Senior Leaving Certificate Examination (including Day School Certificate (Higher) General paper), 1948
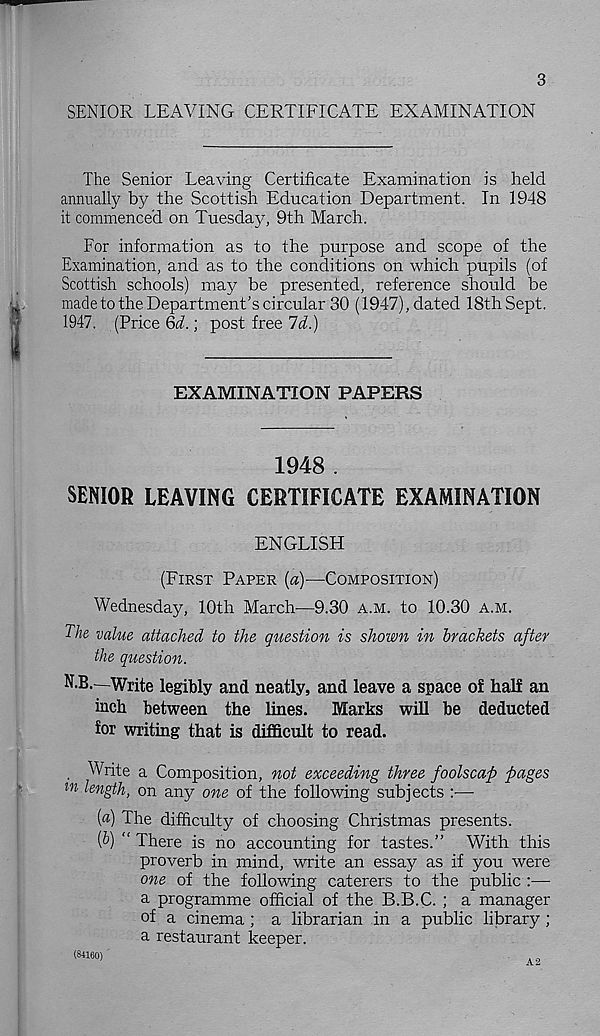
3
SENIOR LEAVING CERTIFICATE EXAMINATION
The Senior Leaving Certificate Examination is held
annually by the Scottish Education Department. In 1948
it commenced on Tuesday, 9th March.
For information as to the purpose and scope of the
Examination, and as to the conditions on which pupils (of
Scottish schools) may be presented, reference should be
made to the Department’s circular 30 (1947), dated 18th Sept.
1947. (Price 6<L ; post free 7i.)
EXAMINATION PAPERS
1948 .
SENIOR LEAVING CERTIFICATE EXAMINATION
ENGLISH
(FIRST PAPER (a)—COMPOSITION)
Wednesday, 10th March—9.30 A.M. to 10.30 A.M.
The value attached to the question is shown in brackets after
the question.
N-B.—Write legibly and neatly, and leave a space o£ half an
inch between the lines. Marks will be deducted
for writing that is difficult to read.
, Write a Composition, not exceeding three foolscap pages
ln ^gth, on any one of the following subjects :■—-
[a) The difficulty of choosing Christmas presents.
{b) “ There is no accounting for tastes.” With this
proverb in mind, write an essay as if you were
one of the following caterers to the public :—
a programme official of the B.B.C. ; a manager
of a cinema ; a librarian in a public library ;
a restaurant keeper.
(84160)
A2